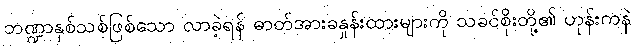
ဘဏ္ဍာနှစ်သစ်ဖြစ်သော လာခဲ့ရန် ဓာတ်အားခနှုန်းထားများကို သခင်စိုးတို့၏ ဟုန်းကနဲ